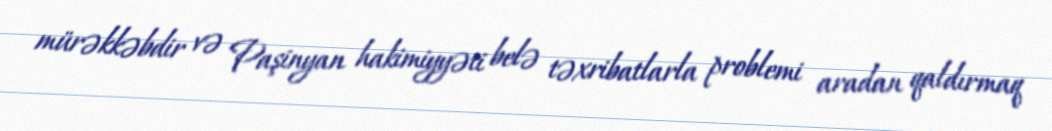
mürəkkəbdir və Paşinyan hakimiyyəti belə təxribatlarla problemi aradan qaldırmaq